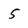
Character: 5